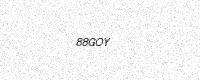
Text: 88GOY